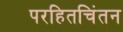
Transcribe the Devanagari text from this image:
परहितचिंतन